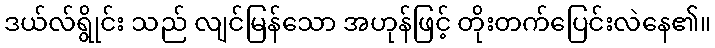
ဒယ်လ်ရွိုင်း သည် လျင်မြန်သော အဟုန်ဖြင့် တိုးတက်ပြေင်းလဲနေ၏။